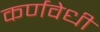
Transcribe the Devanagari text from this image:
कर्णवेधी